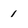
Character: 1